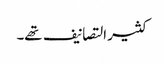
کثیر التصانیف تھے۔